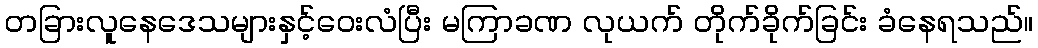
တခြားလူနေဒေသများနှင့်ဝေးလံပြီး မကြာခဏ လုယက် တိုက်ခိုက်ခြင်း ခံနေရသည်။